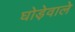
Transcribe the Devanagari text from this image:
घोड़ेवाले